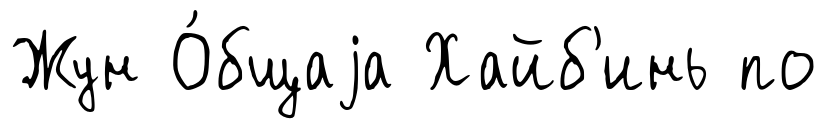
Жун О́бщаjа Хайб'инь по